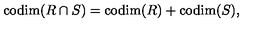
\mathrm { c o d i m } ( R \cap S ) = \mathrm { c o d i m } ( R ) + \mathrm { c o d i m } ( S ) ,